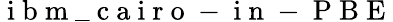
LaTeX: \mathrm{~i~b~m~\_ ~c~a~i~r~o~-~i~n~-~P~B~E~}